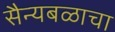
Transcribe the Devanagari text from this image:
सैन्यबळाचा